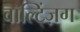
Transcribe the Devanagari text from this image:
वॉल्ट्ज़िंग